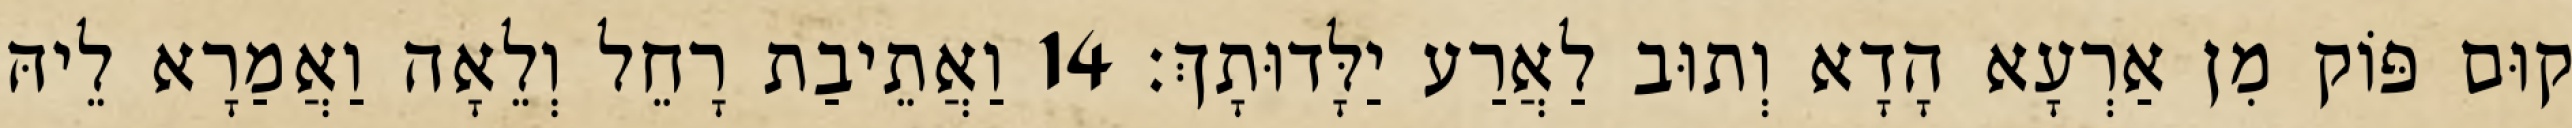
קוּם פּוֹק מִן אַרְעָא הָדָא וְתוּב לַאֲרַע יַלָּדוּתָךְ׃ 14 וַאֲתֵיבַת רָחֵל וְלֵאָה וַאֲמַרָא לֵיהּ